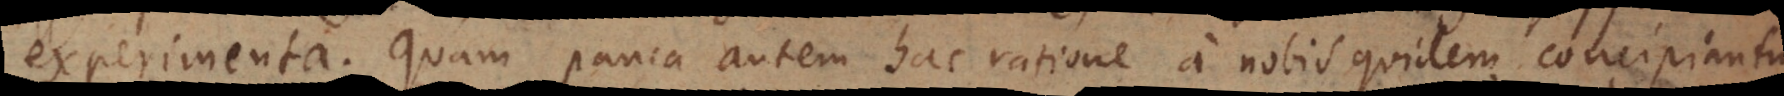
experimenta. Quam pauca autem hac ratione a nobis quidem concipiantur